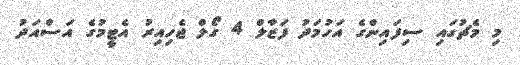
މި މެޗުގައި ސިފައިންގެ އަހުމަދު ފަޒާލް 4 ގޯލް ޖެހިއިރު އެޓީމުގެ އަސްއަދު